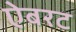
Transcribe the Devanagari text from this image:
ऐबरट